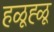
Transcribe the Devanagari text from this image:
हळूह्ळू